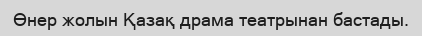
Өнер жолын Қазақ драма театрынан бастады.